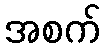
အစက်